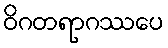
ဝိဂတရာဂဿပေ